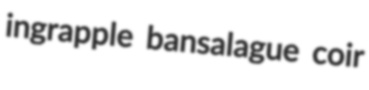
ingrapple bansalague coir